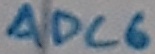
Text: ADC6